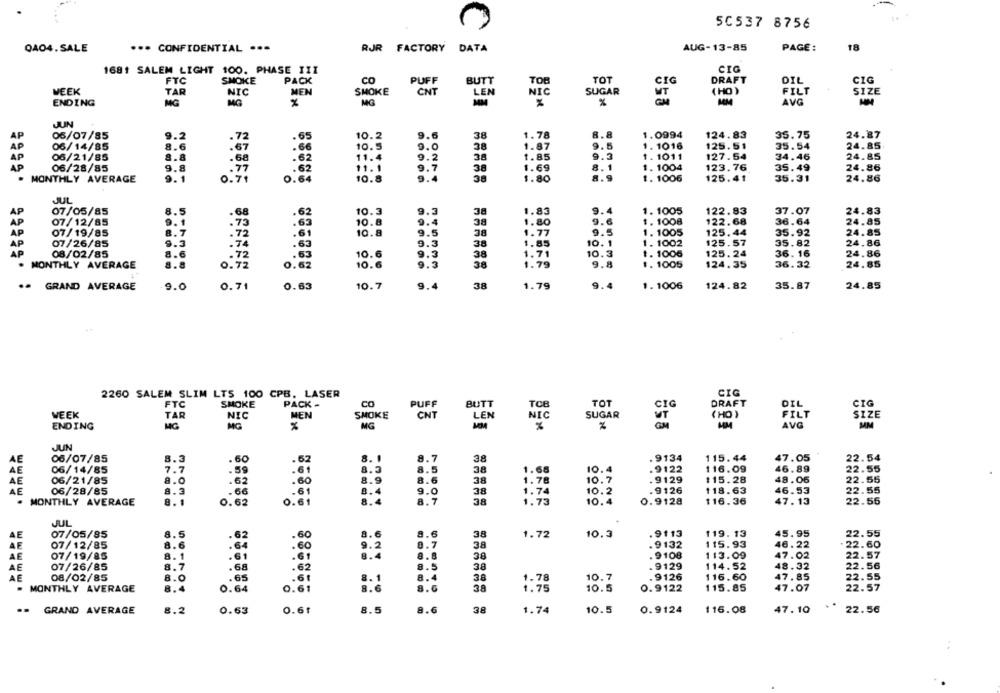
50537 8756
QA04.SALE
··· CONFIDENTIAL ··-
RJR FACTORY DATA
AUG-13-85
PAGE :
18
CIG
1681 SALEM LIGHT 100. PHASE III
FTC
SMOKE
PACK
CO
PUFF
BUTT
TOB
TOT
CIG
DRAFT
DIL
CIG
WEEK
CNT
FILT
SIZE
TAR
NIC
MEN
SMOKE
LEN
NIC
SUGAR
(HO )
ENDING
MG
MG
MG
MM
%
MM
AVG
JUN
AP
06/07/85
9.2
.72
.65
10.2
9.6
38
1.78
8.8
1.0994
124. 83
35.75
24.87
AP
8.6
.67
10.5
9.0
38
1.87
9.5
1. 1016
125.51
35.54
24.85
06/14/85
AP
06/21/85
8.8
.68
11.4
9.2
38
1.85
9.3
1 . 1011
127.54
34.46
24.85
9.8
.62
11.1
9.7
1.69
8.1
1. 1004
123.76
35.49
24.86
06/28/85
.77
38
. MONTHLY AVERAGE
9.1
0.71
0.64
10.8
9.4
38
1.80
8.9
1. 1006
125.41
35.31
24.86
JUL
AP
07/05/85
8.5
.68
.62
10. 3
38
1.83
1. 1005
122.83
37.07
24.83
AP
07/12/85
9.1
.73
10.8
38
9.6
1. 1008
122.68
36.64
24.85
1.80
AP
07/19/85
8. 7
.72
10.8
38
1.77
1. 1005
125.44
35.92
24.85
AP
07/26/85
9.3
.74
3
1. 1002
125.57
35.82
24.86
.63
38
1.85
AP
08/02/85
8.6
.72
10.6
3
38
1.71
1. 1006
125.24
36.16
24.86
8.8
1. 1005
124.35
36.32
24.85
. MONTHLY AVERAGE
0.72
0.62
10.6
38
1.79
g
.- GRAND AVERAGE
9.0
0.71
0.63
10.7
38
1.79
9.
1. 1006
124.82
35.87
24.85
2260 SALEM SLIM LTS 100 CPB, LASER
CIG
co
TOT
DRAFT
DIL
CIG
FTC
SMOKE
PACK -
PUFF
BUTT
CIG
WEEK
TAR
NIC
MEN
SMOKE
CNT
LEN
SUGAR
( HO )
FILT
SIZE
NIC
WT
ENDING
MG
MG
%
MG
MM
AVG
MM
JUN
06/07/85
8.3
.60
8.7
38
. 9134
115.44
47.05
22.54
AE
62
AE
06/14/85
7.7
.59
.61
8.5
38
1.68
10.4
.9122
116.09
46.89
22.55
AE
06/21/85
.62
.60
8.6
38
1.78
10
.9129
$15.28
48.06
22.55
AE
06/28/85
9.3
.66
9.0
38
1.74
10
.9126
118.63
46.53
22.55
- MONTHLY AVERAGE
0.62
0.61
8.4
8. 7
38
1.73
10.
0.9128
$16.36
47. 13
22.56
JUL
AE
07/05/85
8.5
.62
.60
8.6
38
1.72
10.3
.9113
119.13
45.95
22.55
AE
07/12/85
8.6
.64
.60
9.2
8.7
38
. 9132
115.93
46.22
22.60
07/19/85
8. 1
.61
38
.9108
113.09
47.02
22.57
AE
.61
AE
07/26/85
8. 7
.68
.62
38
. 9129
114.52
48.32
22.56
AE
08/02/85
8.O
.65
8.
8.4
38
1.78
10.7
.9126
116.60
47.85
22.55
- MONTHLY AVERAGE
8.4
0.64
0.61
38
1.75
10.5
0.9122
115.85
47.07
22.57
8.6
. GRAND AVERAGE
8.2
0.63
0.61
8.5
8.6
38
10.5
0.9124
116.08
47.10
22.56
1.74